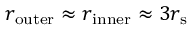
r _ { \mathrm { o u t e r } } \approx r _ { \mathrm { i n n e r } } \approx 3 r _ { \mathrm { { s } } }